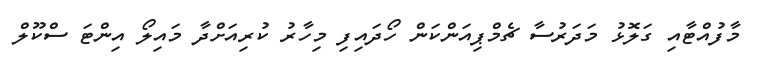
މާފުއްޓާއި ގަލޮޅު މަދަރުސާ ޗެމްޕިއަންކަން ހޯދައިފި މިހާރު ކުރިއަށްދާ މައިލޯ އިންޓަ ސްކޫލް